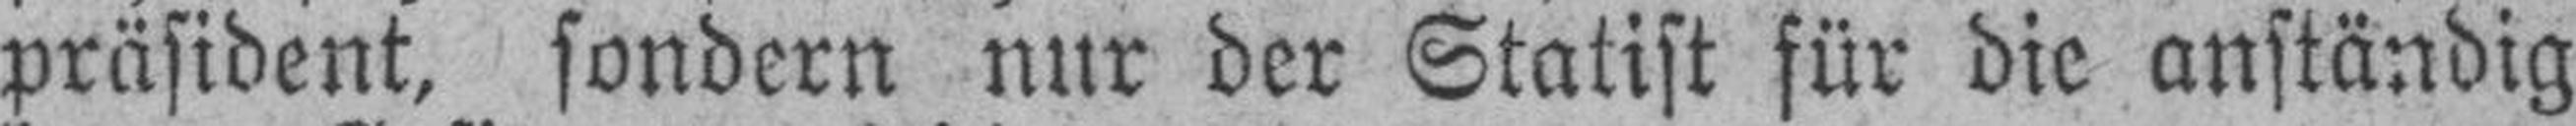
präsident, sondern nur der Statist für die anständig